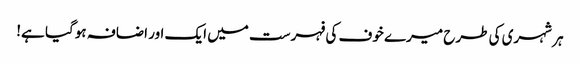
ہر شہری کی طرح میرے خوف کی فہرست میں ایک اور اضافہ ہوگیا ہے!